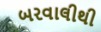
બરવાલીથી